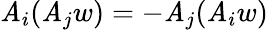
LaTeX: \mathit{A}_{i}(\mathit{A}_{j}w)=-\mathit{A}_{j}(\mathit{A}_{i}w)